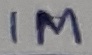
Text: 1M